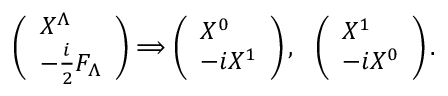
\left( \begin{array} { l } { { X ^ { \Lambda } } } \\ { { - { \frac { i } { 2 } } F _ { \Lambda } } } \end{array} \right) \Longrightarrow \left( \begin{array} { l } { { X ^ { 0 } } } \\ { { - i X ^ { 1 } } } \end{array} \right) , ~ ~ \left( \begin{array} { l } { { X ^ { 1 } } } \\ { { - i X ^ { 0 } } } \end{array} \right) .